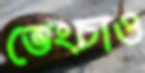
ভেংচাও